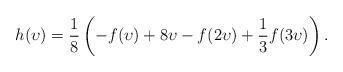
LaTeX: \begin{align*}h(\upsilon) = \frac 18 \left(-f(\upsilon) + 8\upsilon - f(2\upsilon) + \frac 13 f(3\upsilon)\right).\end{align*}